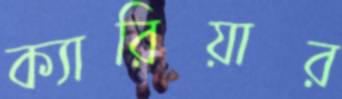
ক্যারিয়ার